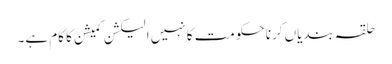
حلقہ بندیاں کرنا حکومت کا نہیں الیکشن کمیشن کا کام ہے۔